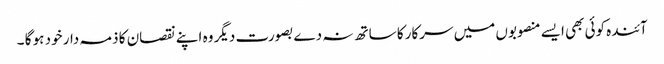
آئندہ کوئی بھی ایسے منصوبوں میں سرکار کا ساتھ نہ دے بصورت دیگر وہ اپنے نقصان کا ذمہ دار خود ہو گا ۔